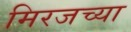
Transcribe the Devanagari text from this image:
मिरजच्या